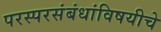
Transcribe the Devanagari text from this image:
परस्परसंबंधांविषयीचे